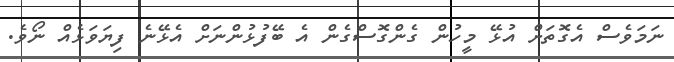
ނަމަވެސް އެގޮތަށް އުޅޭ މީހުން ގެންގޮސްގެން އެ ބޭފުޅުންނަށް އެޅޭނެ ފިޔަވަޅެއް ނޯވެ.